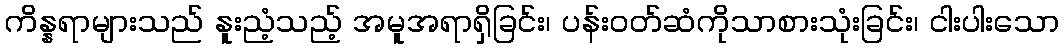
ကိန္နရာများသည် နူးညံ့သည့် အမူအရာရှိခြင်း၊ ပန်းဝတ်ဆံကိုသာစားသုံးခြင်း၊ ငါးပါးသော